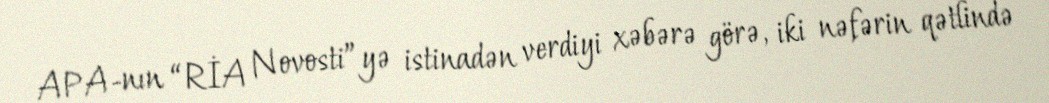
APA-nın “RİA Novosti”yə istinadən verdiyi xəbərə görə, iki nəfərin qətlində